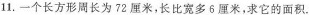
11.一个长方形周长为72厘米，长比宽多6厘米，求它的面积。